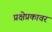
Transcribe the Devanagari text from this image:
प्रक्षेप्रकावर